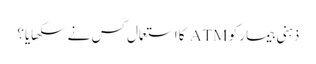
ذہنی بیمار کو ATM کا استعمال کس نے سکھایا؟